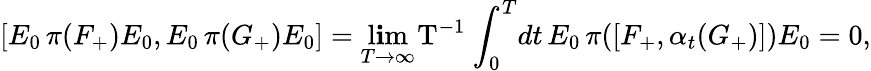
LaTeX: [E_{0}\, \pi({F}_{+})E_{0},E_{0}\, \pi({G}_{+})E_{0}]=\operatorname*{l\mathbf{i}m}_{T\rightarrow\infty}\! \mathrm{{~T^{-1}~}}\! \int_{0}^{T}\! dt\, E_{0}\, \pi([{F}_{+},\alpha_{t}(G_{+})])E_{0}=0,